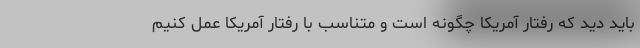
باید دید که رفتار آمریکا چگونه است و متناسب با رفتار آمریکا عمل کنیم